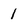
Character: 1